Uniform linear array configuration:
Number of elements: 8
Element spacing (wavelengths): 0.5
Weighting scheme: uniform
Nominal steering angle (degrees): -15
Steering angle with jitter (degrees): -15.062
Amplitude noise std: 0.05
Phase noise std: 0.05

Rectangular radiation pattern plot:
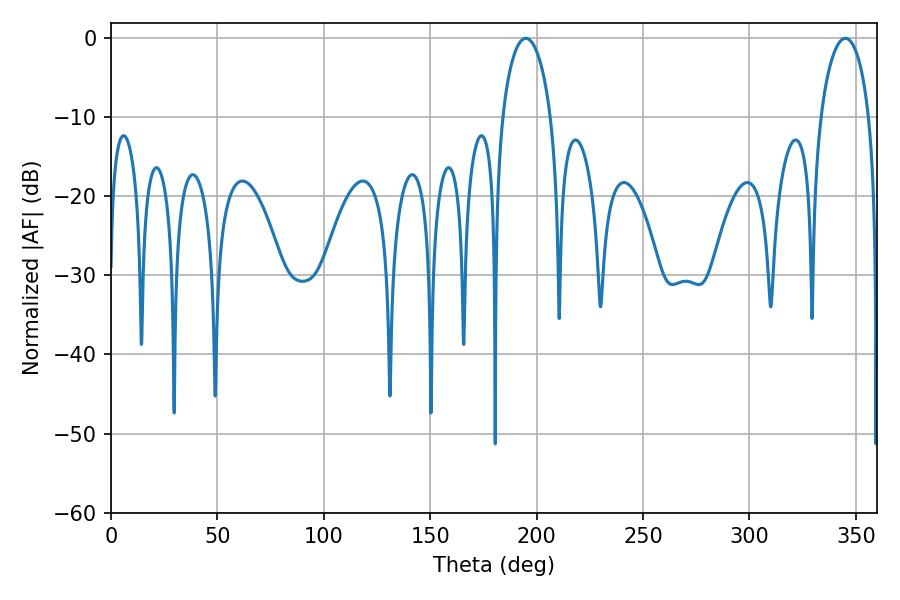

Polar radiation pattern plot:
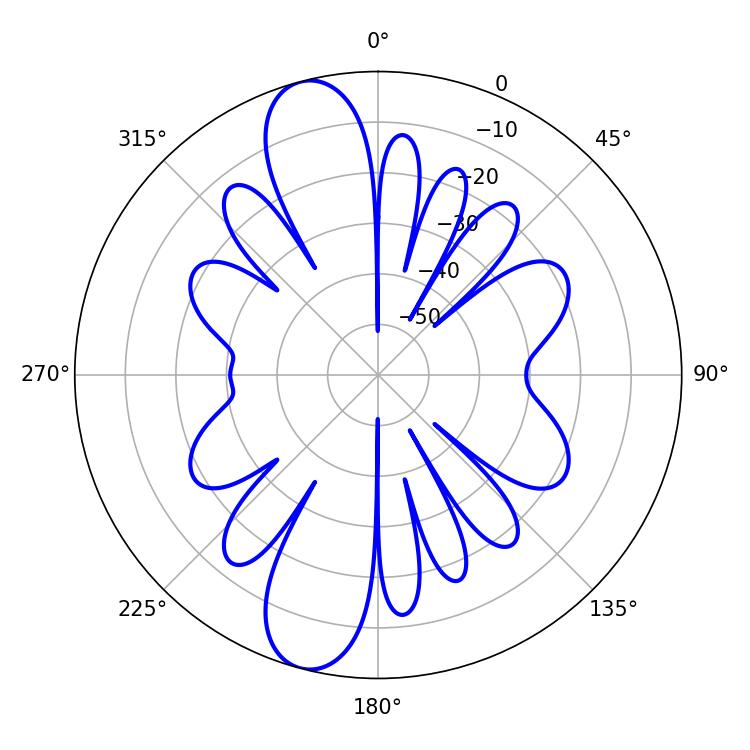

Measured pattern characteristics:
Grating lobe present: FALSE
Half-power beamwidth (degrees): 13.14
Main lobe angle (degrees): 345.06